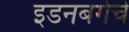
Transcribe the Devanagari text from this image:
इडनबर्गचे